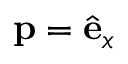
\mathbf { p } = \hat { \mathbf { e } } _ { x }